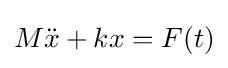
M{\ddot {x}}+kx=F(t)